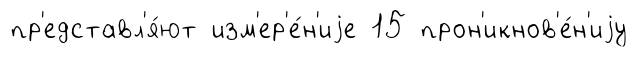
пр'едставл'я́ют изм'ер'е́н'иjе 15 прон'икнов'е́н'иjу